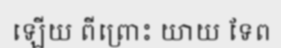
ឡើយ ពីព្រោះ យាយ ទែព